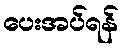
ပေးအပ်ရန်